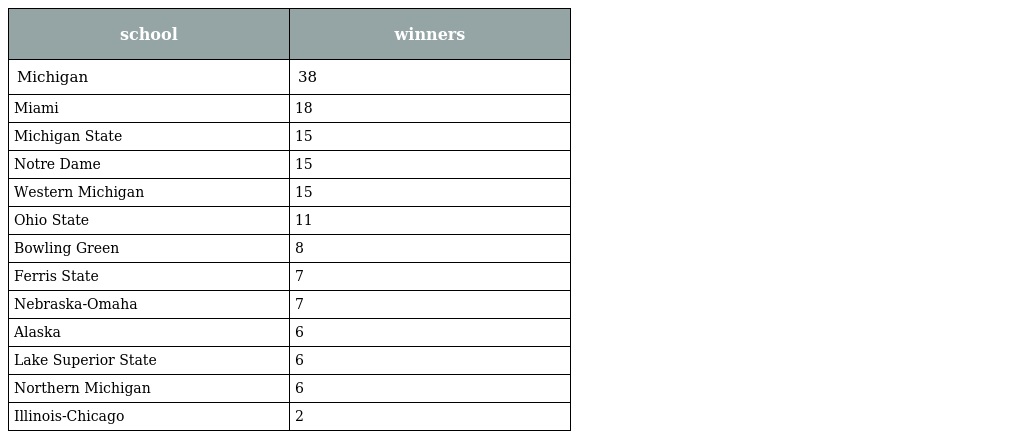
| school | winners |
 | --- | --- |
 | Michigan | 38 |
 | Miami | 18 |
 | Michigan State | 15 |
 | Notre Dame | 15 |
 | Western Michigan | 15 |
 | Ohio State | 11 |
 | Bowling Green | 8 |
 | Ferris State | 7 |
 | Nebraska-Omaha | 7 |
 | Alaska | 6 |
 | Lake Superior State | 6 |
 | Northern Michigan | 6 |
 | Illinois-Chicago | 2 |